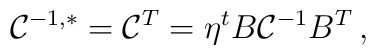
{\cal C}^{-1, *}={\cal C}^T=\eta ^t B{\cal C}^{-1}B^T\,,